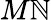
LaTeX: M\mathbb{N}